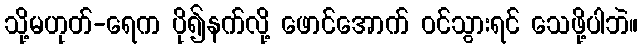
သို့မဟုတ်-ရေက ပို၍နက်လို့ ဖောင်အောက် ဝင်သွားရင် သေဖို့ပါဘဲ။